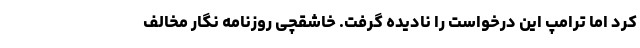
کرد اما ترامپ این درخواست را نادیده گرفت. خاشقچی روزنامه نگار مخالف